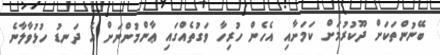
ބޭނުންތަކަށް ދޫކުރުމަށް ކަމަށާއި އެހެން ހުރިހާ ވަގުތެއްގައި ޢާންމުންނަށް އެ ދަނޑު ހުޅުވާލާނެ